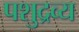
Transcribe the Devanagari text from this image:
पशुद्रव्य